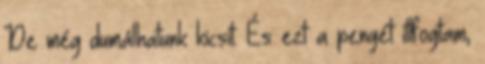
De még dumálhatunk kicsit. És ezt a pengét ittfogtam,